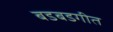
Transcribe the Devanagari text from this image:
बडबडगीत